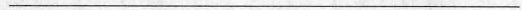
___